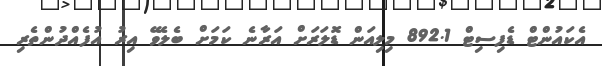
އެކައުންޓް ޑެފިސިޓް 892.1 މިލިއަން ޑޮލަރަށް އަރާނެ ކަމަށް ބެލެވޭ އިރު އުފެއްދުންތެރި